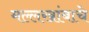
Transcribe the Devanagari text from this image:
मल्लखांबाचे